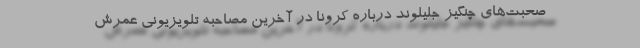
صحبت‌های چنگیز جلیلوند درباره کرونا در آخرین مصاحبه تلویزیونی عمرش